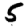
Digit: 5